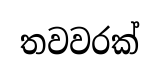
තවවරක්